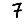
Digit: 7